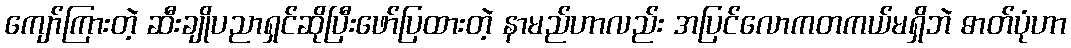
ကျော်ကြားတဲ့ ဆီးချိုပညာရှင်ဆိုပြီးဖော်ပြထားတဲ့ နာမည်ဟာလည်း အပြင်လောကတကယ်မရှိဘဲ ဓာတ်ပုံဟာ